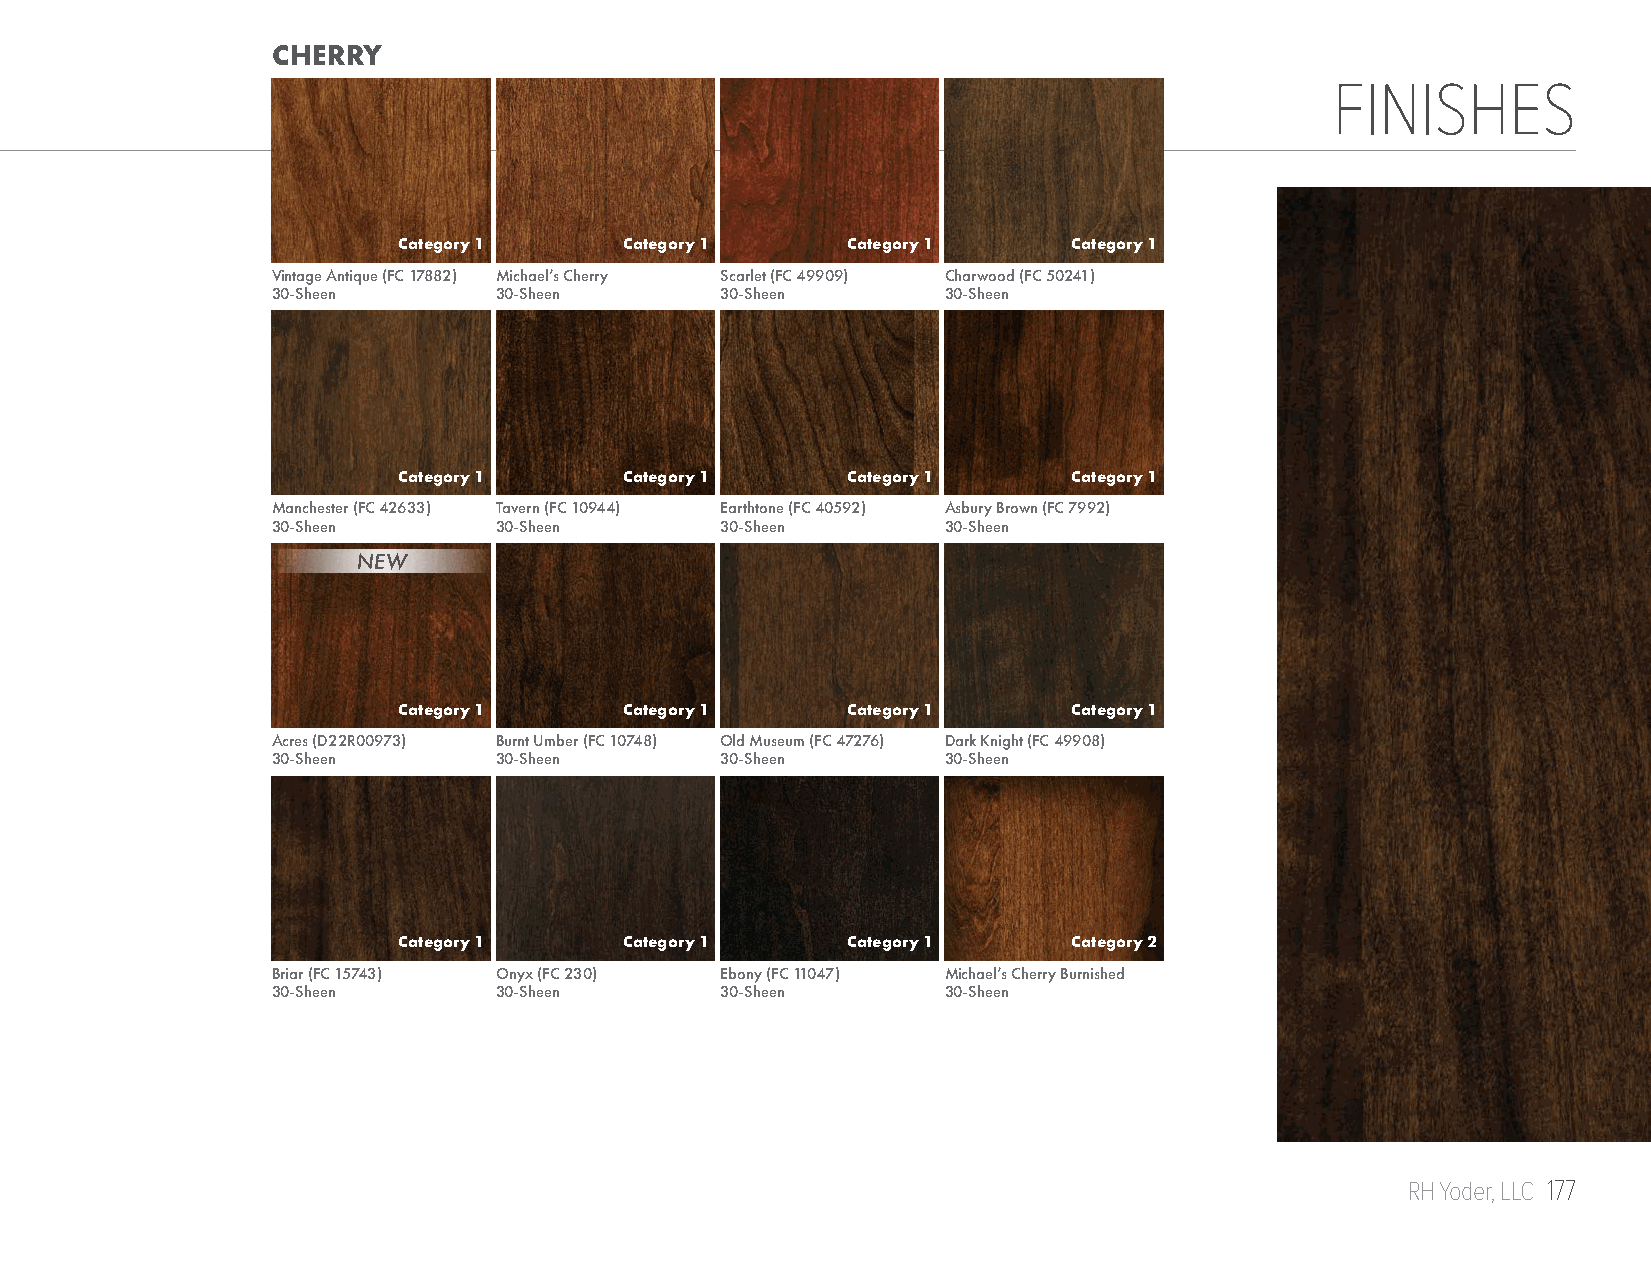
CHERRY
 FINISHES
 Category 1     Category 1     Category 1     Category 1
 Vintage Antique (FC 17882) Michael’s Cherry Scarlet (FC 49909) Charwood (FC 50241)
 30-Sheen       30-Sheen       30-Sheen       30-Sheen
 Category 1     Category 1     Category 1     Category 1
 Manchester (FC 42633) Tavern (FC 10944) Earthtone (FC 40592) Asbury Brown (FC 7992)
 30-Sheen       30-Sheen       30-Sheen       30-Sheen
 NEW
 Category 1     Category 1     Category 1     Category 1
 Acres (D22R00973) Burnt Umber (FC 10748) Old Museum (FC 47276) Dark Knight (FC 49908)
 30-Sheen       30-Sheen       30-Sheen       30-Sheen
 Category 1     Category 1     Category 1     Category 2
 Briar (FC 15743) Onyx (FC 230) Ebony (FC 11047) Michael’s Cherry Burnished
 30-Sheen       30-Sheen       30-Sheen       30-Sheen
 RH Yoder, LLC 177